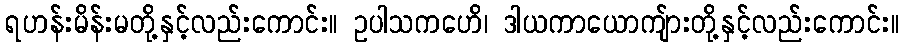
ရဟန်းမိန်းမတို့နှင့်လည်းကောင်း။ ဥပါသကဟေိ၊ ဒါယကာယောကျ်ားတို့နှင့်လည်းကောင်း။